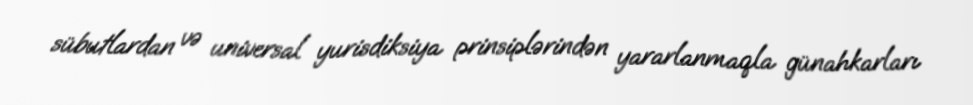
sübutlardan və universal yurisdiksiya prinsiplərindən yararlanmaqla günahkarları